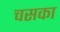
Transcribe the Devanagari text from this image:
चसका